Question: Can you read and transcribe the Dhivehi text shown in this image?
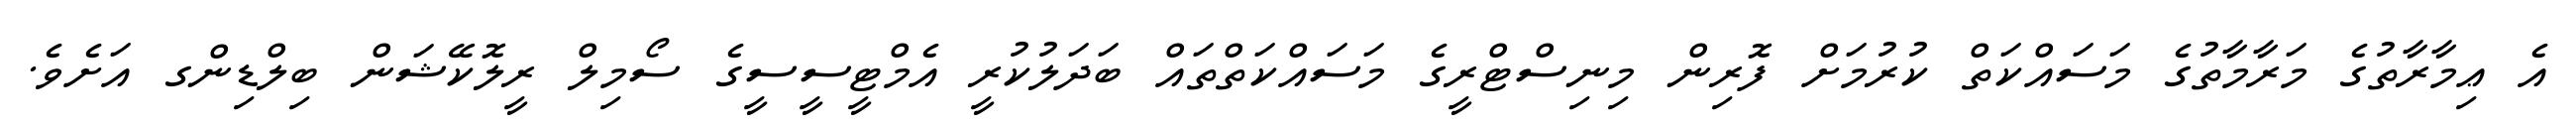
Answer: އެ ޢިމާރާތުގެ މަރާމާތުގެ މަސައްކަތް ކުރުމަށް ފޮރިން މިނިސްޓްރީގެ މަސައްކަތްތައް ބަދަލުކުރީ އެމްޓީސީސީގެ ސޯމިލް ރީލޮކޭޝަން ބިލްޑިންގ އަށެވެ.